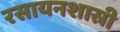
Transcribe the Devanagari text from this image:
रसायनशास्री